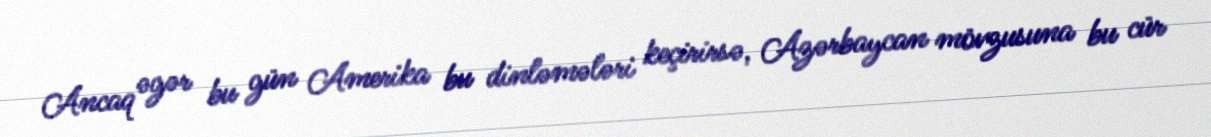
Ancaq əgər bu gün Amerika bu dinləmələri keçirirsə, Azərbaycan mövzusuna bu cür